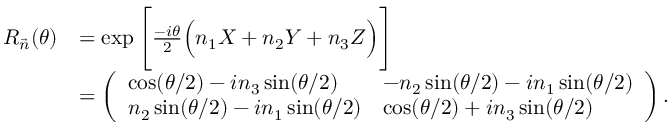
\begin{array} { r l } { R _ { \vec { n } } ( \theta ) } & { = \exp \Bigg [ \frac { - i \theta } { 2 } \Big ( n _ { 1 } X + n _ { 2 } Y + n _ { 3 } Z \Big ) \Bigg ] } \\ & { = \left( \begin{array} { l l } { \cos ( \theta / 2 ) - i n _ { 3 } \sin ( \theta / 2 ) } & { - n _ { 2 } \sin ( \theta / 2 ) - i n _ { 1 } \sin ( \theta / 2 ) } \\ { n _ { 2 } \sin ( \theta / 2 ) - i n _ { 1 } \sin ( \theta / 2 ) } & { \cos ( \theta / 2 ) + i n _ { 3 } \sin ( \theta / 2 ) } \end{array} \right) . } \end{array}